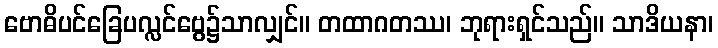
ဗောဓိပင်ခြေပလ္လင်ဗွေ၌သာလျှင်။ တထာဂတဿ၊ ဘုရားရှင်သည်။ သာဒိယနာ၊